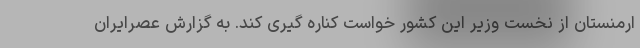
ارمنستان از نخست وزیر این کشور خواست کناره گیری کند. به گزارش عصرایران